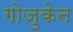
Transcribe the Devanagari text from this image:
गोजुकेन